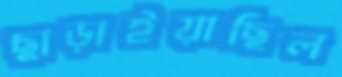
ছাড়াইয়াছিল